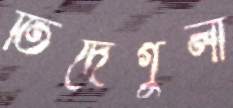
তিদেগুলা